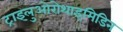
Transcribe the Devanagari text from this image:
ट्राइलुओरोथाइमिडिन